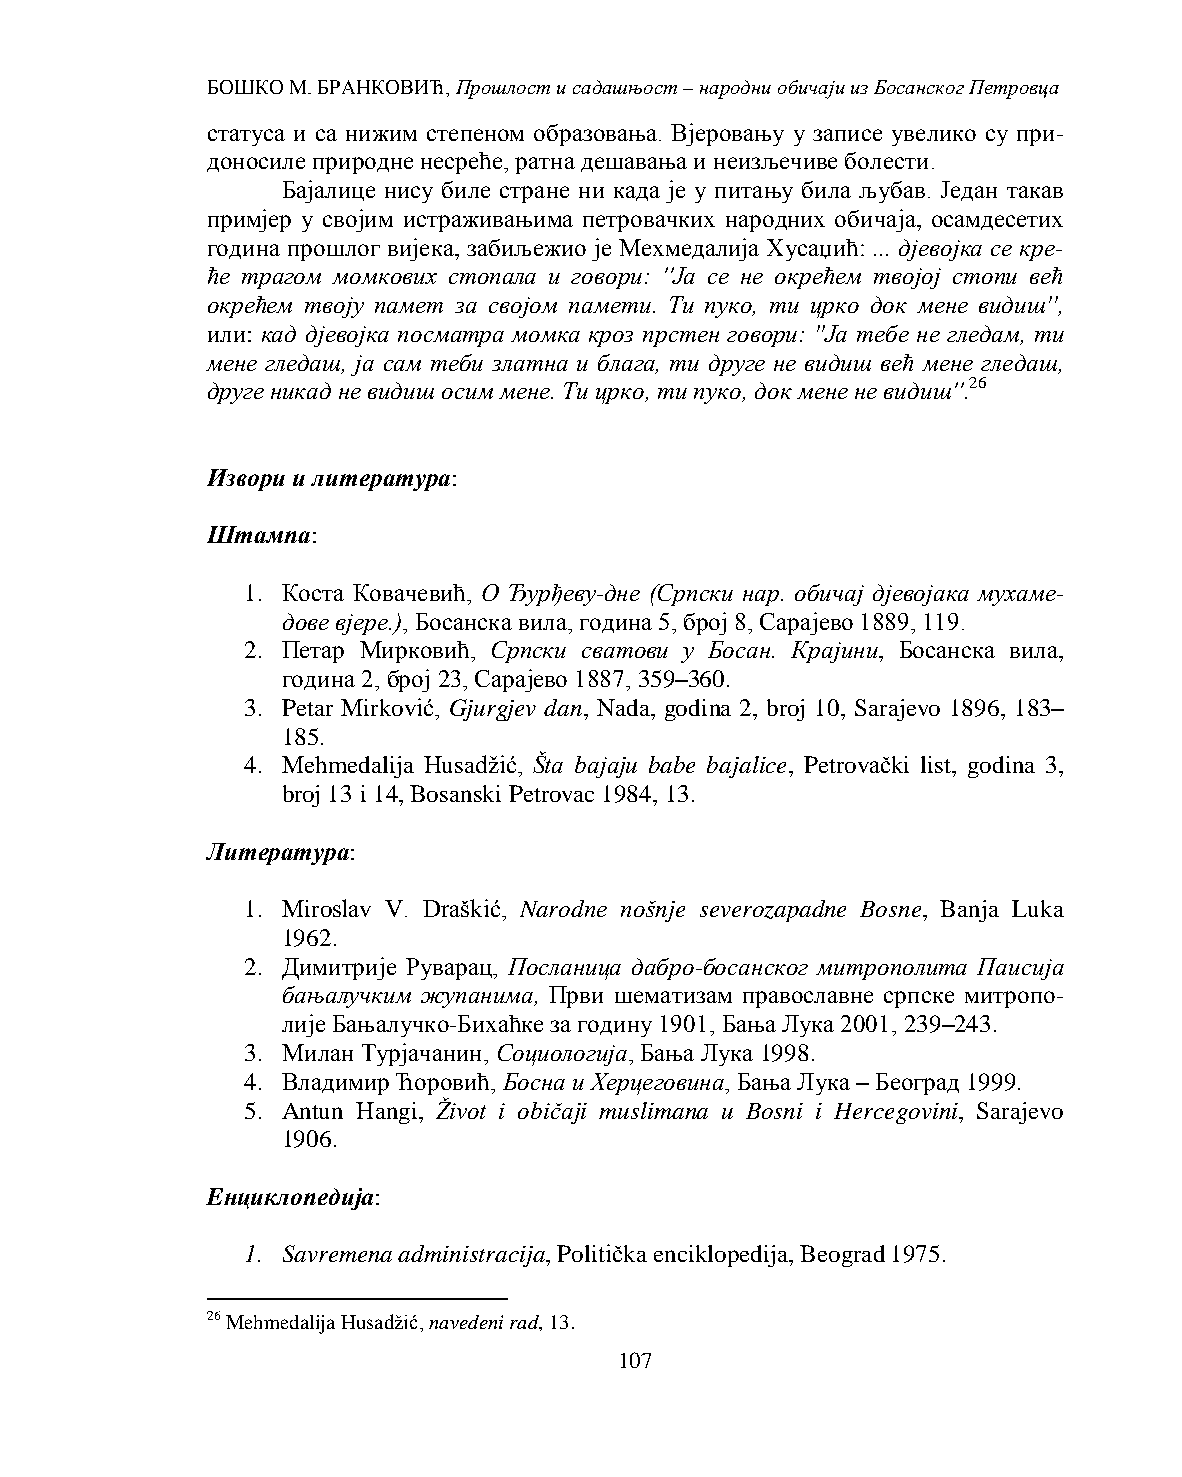
БОШКО М. БРАНКОВИЋ, Прошлост и садашњост – народни обичаји из Босанског Петровца
 статуса и са нижим степеном образовања. Вјеровању у записе увелико су при-
 доносиле природне несреће, ратна дешавања и неизљечиве болести.
 Бајалице нису биле стране ни када је у питању била љубав. Један такав
 примјер у својим истраживањима петровачких народних обичаја, осамдесетих
 година прошлог вијека, забиљежио је Мехмедалија Хусаџић: ... дјевојка се кре-
 ће трагом момкових стопала и говори: ''Ја се не окрећем твојој стопи већ
 окрећем твоју памет за својом памети. Ти пуко, ти црко док мене видиш'',
 или: кад дјевојка посматра момка кроз прстен говори: ''Ја тебе не гледам, ти
 мене гледаш, ја сам теби златна и блага, ти друге не видиш већ мене гледаш,
 друге никад не видиш осим мене. Ти црко, ти пуко, док мене не видиш''.26
 Извори и литература:
 Штампа:
 1. Коста Ковачевић, О Ђурђеву-дне (Српски нар. обичај дјевојака мухаме-
 дове вјере.), Босанска вила, година 5, број 8, Сарајево 1889, 119.
 2. Петар Мирковић, Српски сватови у Босан. Крајини, Босанска вила,
 година 2, број 23, Сарајево 1887, 359–360.
 3. Petar Mirković, Gjurgjev dan, Nada, godina 2, broj 10, Sarajevo 1896, 183–
 185.
 4. Mehmedalija Husadžić, Šta bajaju babe bajalice, Petrovački list, godina 3,
 broj 13 i 14, Bosanski Petrovac 1984, 13.
 Литература:
 1. Miroslav V. Draškić, Narodne nošnje severozapadne Bosne, Banja Luka
 1962.
 2. Димитрије Руварац, Посланица дабро-босанског митрополита Паисија
 бањалучким жупанима, Први шематизам православне српске митропо-
 лије Бањалучко-Бихаћке за годину 1901, Бања Лука 2001, 239–243.
 3. Милан Турјачанин, Социологија, Бања Лука 1998.
 4. Владимир Ћоровић, Босна и Херцеговина, Бања Лука – Београд 1999.
 5. Antun Hangi, Život i običaji muslimana u Bosni i Hercegovini, Sarajevo
 1906.
 Eнциклопедијa:
 1. Savremena administracija, Politička enciklopedija, Beograd 1975.
 26 Mehmedalija Husadžić, navedeni rad, 13.
 107